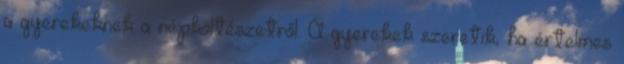
a gyerekeknek a népköltészetről. A gyerekek szeretik, ha értelmes